Leaving Certificate Examination, 1923
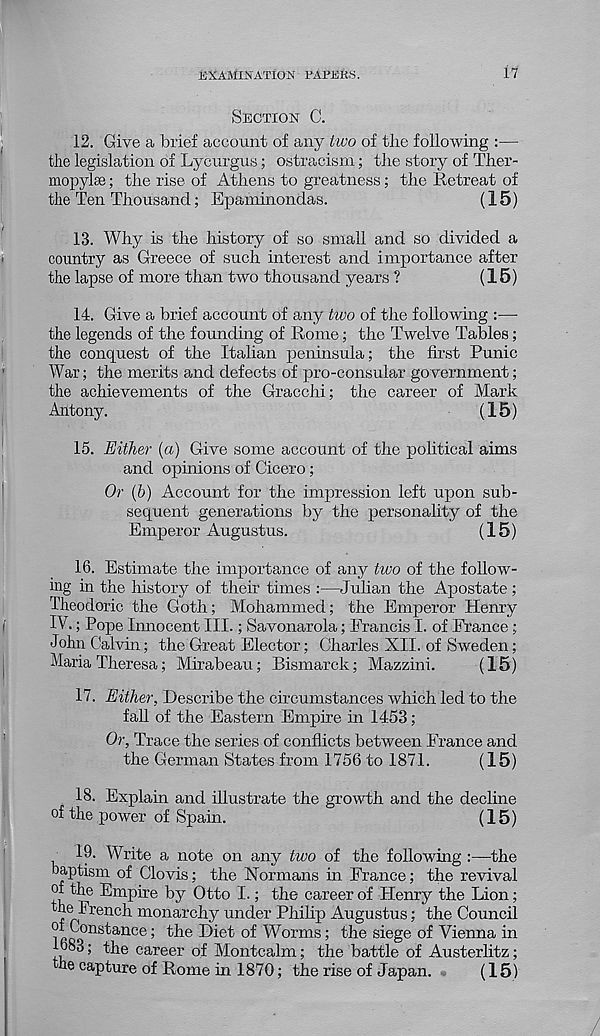
EXAMINATION TAPERS.
17
SECTION C.
12. Give a brief account of any two of the following :—
the legislation of Lycurgus; ostracism; the story of Ther-
mopylse; the rise of Athens to greatness; the Retreat of
the Ten Thousand; Epaminondas.
(15)
13. Why is the history of so small and so divided a
country as Greece of such interest and importance after
the lapse of more than two thousand years ?
(15)
14. Give a brief account of any two of the following :—
the legends of the founding of Rome; the Twelve Tables;
the conquest of the Italian peninsula; the first Punic
War; the merits and defects of pro-consular government;
the achievements of the Gracchi; the career of Mark
Antony.
(15)
15. Either (a) Give some account of the political aims
and opinions of Cicero;
Or (6) Account for the impression left upon sub-
sequent generations by the personality of the
Emperor Augustus.
(15)
16. Estimate the importance of any two of the follow-
ing in the history of their times :—Julian the Apostate;
Theodoric the Goth; Mohammed; the Emperor Henry
IV.; Pope Innocent III.; Savonarola; Francis I. of France ;
John Calvin; the Great Elector; Charles XII. of Sweden;
Maria Theresa; Mirabeau; Bismarck; Mazzini.
(15)
17. Either, Describe the circumstances which led to the
fall of the Eastern Empire in 1453;
Or, Trace the series of conflicts between France and
the German States from 1756 to 1871.
(15)
18. Explain and illustrate the growth and the decline
of the power of Spain.
(15)
, 19. Write a note on any two of the following :—the
baptism of Clovis; the Normans in France; the revival
of the Empire by Otto I.; the career of Henry the Lion;
-French monarchy under Philip Augustus; the Council
^Constance; the Diet of Worms; the siege of Vienna in
1683; the career of Montcalm; the battle of Austerlitz;
be capture of Rome in 1870; the rise of Japan.
(15)